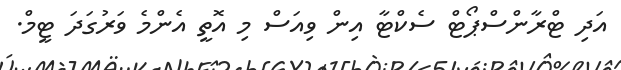
އަދި ޓްރާންސްޕޯޓް ސެކްޓާ އިން ވިއަސް މި އޮތީ އެންމެ ވަރުގަދަ ޓީމް.